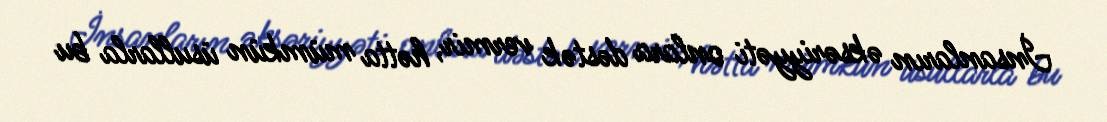
İnsanların əksəriyyəti onlara dəstək vermir, hətta mümkün üsullarla bu